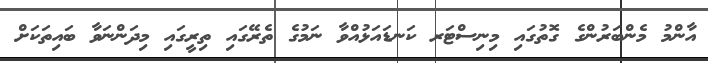
އާންމު މެންބަރުންގެ ގޮތުގައި މިނިސްޓަރ ކަނޑައަޅުއްވާ ނަމުގެ ތެރޭގައި ތިރީގައި މިދަންނަވާ ބައިތަކަށް